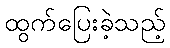
ထွက်ပြေးခဲ့သည့်